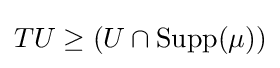
TU\geq (U\cap \operatorname {Supp} (\mu ))